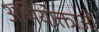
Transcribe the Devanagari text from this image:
अभियोक्ताओं